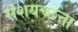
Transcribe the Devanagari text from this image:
संशयच्छेत्ता